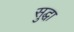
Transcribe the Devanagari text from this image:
सुद्घा